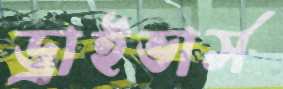
ড্রাইভার্স